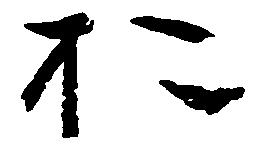
於